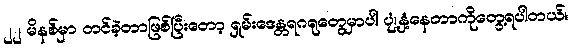
၂၂ မိနစ်မှာ တင်ခဲ့တာဖြစ်ပြီးတော့ ရှမ်းဒေန္တရဂရုတွေမှာပါ ပျံ့နှံ့နေတာကိုတွေ့ရပါတယ်။